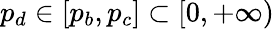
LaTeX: p_{d}\in[p_{b},p_{c}]\subset[0,+\infty)